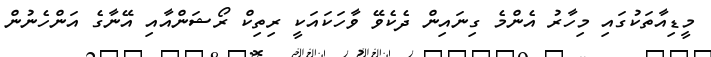
މީޑިއާތަކުގައި މިހާރު އެންމެ ގިނައިން ދެކެވޭ ވާހަކައަކީ ރިތިކް ރޯޝަންއާއި އޭނާގެ އަންހެނުން